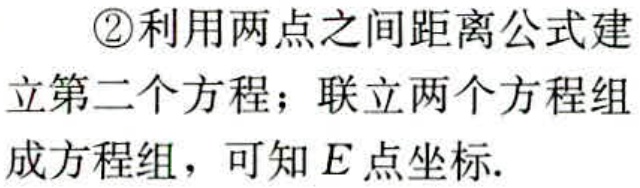
\textcircled{2}利用两点之间距离公式建
立第二个方程；联立两个方程组
成方程组，可知 \(E\) 点坐标.